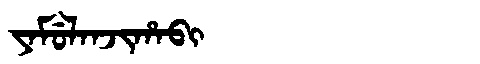
Manchu: ᠶᠠᠮᡠᠯᠠᠨᠵᡳᡥᠠᠪᡳ
Romanization: YAMULANJIHABI